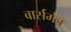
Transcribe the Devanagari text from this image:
बार्समेन